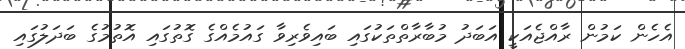
އެހެން ކަމުން ރާއްޖެއަކީ އަބަދު މުބާރާތްތަކުގައި ބައިވެރިވާ ގައުމެއްގެ ގޮތުގައި އޮތުމުގެ ބަދަލުގައި